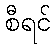
စီရင်